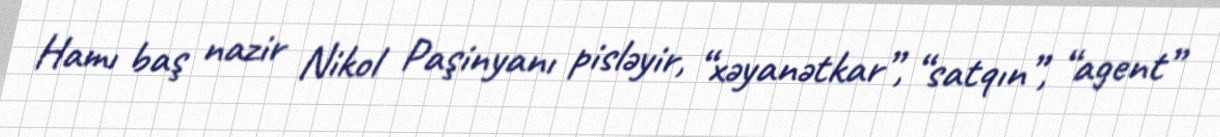
Hamı baş nazir Nikol Paşinyanı pisləyir, “xəyanətkar”, “satqın”, “agent”